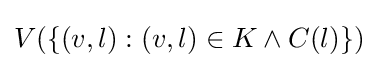
V(\{(v,l):(v,l)\in K\land C(l)\})